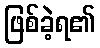
ဖြစ်ခဲ့ရ၏